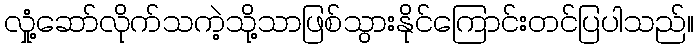
လှုံ့ဆော်လိုက်သကဲ့သို့သာဖြစ်သွားနိုင်ကြောင်းတင်ပြပါသည်။